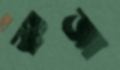
রুজা